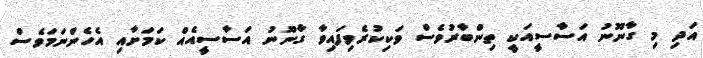
އަދި މި ގާނޫނު އަސާސީއަކީ ތިންބާރުވެސް ވަކިކުރެވިފައިވާ ގާނޫނު އަސާސީއެއް ކަމަށާއި އެހެންނަމަވެސް